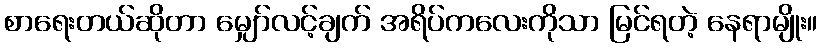
စာရေးတယ်ဆိုတာ မျှော်လင့်ချက် အရိပ်ကလေးကိုသာ မြင်ရတဲ့ နေရာမျိုး။